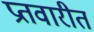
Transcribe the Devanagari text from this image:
प्रतवारीत